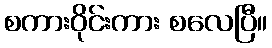
စကားဝိုင်းကား စလေပြီ။